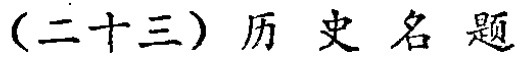
（二十三）历史名题